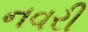
નવરી